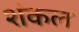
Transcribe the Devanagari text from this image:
शंकल